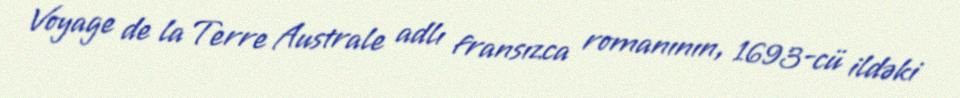
Voyage de la Terre Australe adlı fransızca romanının, 1693-cü ildəki